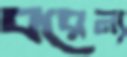
বরেন্য